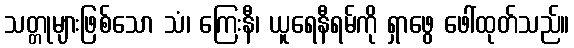
သတ္တုများဖြစ်သော သံ၊ ကြေးနီ၊ ယူရေနီရမ်ကို ရှာဖွေ ဖေါ်ထုတ်သည်။